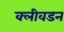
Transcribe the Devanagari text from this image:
क्लीवडन